Report of the King Institute of Preventive Medicine, Guindy
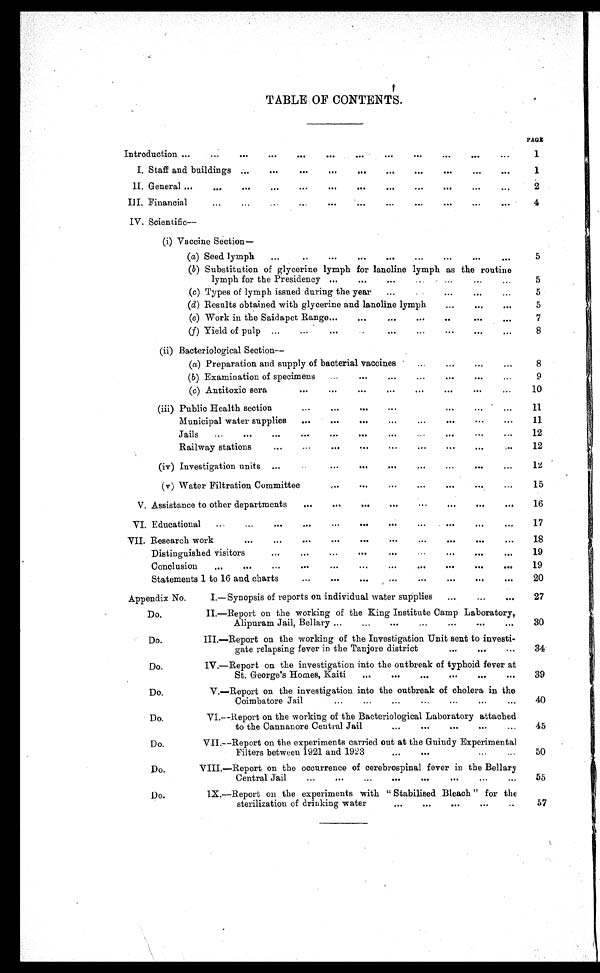
TABLE OF CONTENTS.
PAGE
Introduction
1
I. Staff and buildings
1
II. General
2
I I I . F i n a n c i a l
4
I V . S c i e n t i f i c —
(i) Vaccine Section—
(a) Seed lymph
5
(b) Substitution of glycerine lymph for lanoline lymph as the routine
lymph for the Presidency
5
(c) Types of lymph issued during the year
5
(d) Results obtained with glycerine and lanoline lymph
5
(e) Work in the Saidapet Range
7
f) Yield of pulp
8
(ii) Bacteriological Section
—
(a) Preparation and supply of bacterial vaccines
8
( b) Examination of specimens
9
(c) Antitoxic sera
10
(iii) Public Health section
11
Municipal water supplies
11
Jails
12
Railway stations
12
(iv) Investigation units
1 2
(v) Water Filtration Committee
15
V. Assistance to other departments
16
VI. Educational
17
VII. Research work
18
Distinguished visitors
19
Conclusion
19
Statements 1 to 16 and charts
20
Appendix No.
I.—Synopsis of reports on individual water supplies
27
Do.
II.—Report on the working of the King Institute Camp Laboratory,
Alipuram Jail, Bellary
30
Do.
III.—Report on the working of the Investigation Unit sent to investi-
gate relapsing fever in the Tanjore district
34
D o .
IV.—Report on the investigation into the outbreak of typhoid fever at
St. George's Homes, Kaiti
39
Do.
V.—Report on the investigation into the outbreak of cholera in the
Coimbatore Jail
40
Do.
VI.—Report on the working of the Bacteriological Laboratory attached
to the Cannanore Central Jail
45
Do.
VII.—Report on the experiments carried out at the Guindy Experimental
Filters between 1921 and 1923
50
Do.
VIII.—Report on the occurrence of cerebrospinal fever in the Bellary
Central Jail
55
Do.
IX.—Report on the experiments with "Stabilised Bleach" for the
sterilization of drinking water
57